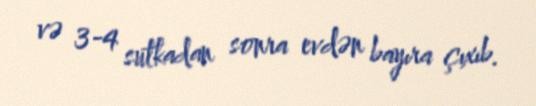
və 3-4 sutkadan sonra evdən bayıra çıxıb.